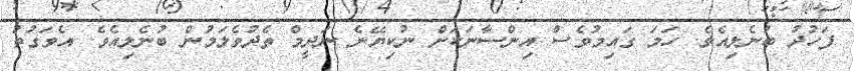
ފަހުދު ބުނެލިއެވެ. ހަމަ ގައިމުވެސް އިންސާނަކަށް ނުކިޔޭނެ ނަދީމް ތެދުވެލަމުން ބުނެލިއެވެ. އެވަގުތު